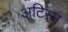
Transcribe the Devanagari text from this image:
अटिस्म